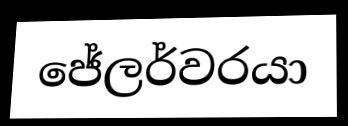
ජේලර්වරයා